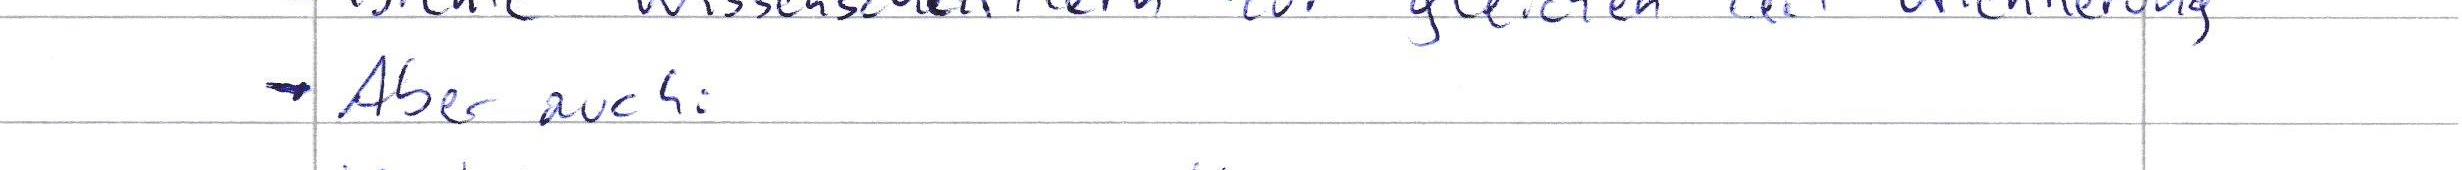
- Aber auch: